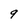
Character: 9